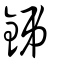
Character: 鈟